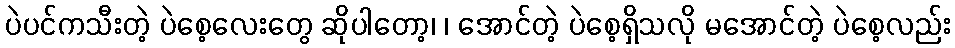
ပဲပင်ကသီးတဲ့ ပဲစေ့လေးတွေ ဆိုပါတော့၊ ၊ အောင်တဲ့ ပဲစေ့ရှိသလို မအောင်တဲ့ ပဲစေ့လည်း